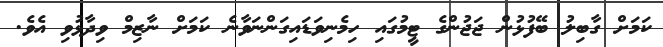
ކަމަށް ގާބިލު ބޭފުޅުން ޖަޖުންގެ ޓީމުގައި ހިމެނިވަޑައިގަންނަވާނެ ކަމަށް ނާޒިމް ވިދާޅުވި އެވެ.